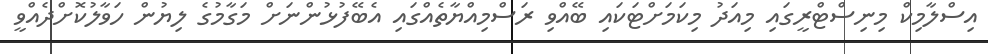
އިސްލާމިކް މިނިސްޓްރީގައި މިއަދު މިކަމަށްޓަކައި ބޭއްވި ރަސްމިއްޔާތެއްގައި އެބޭފުޅުންނަށް މަގާމުގެ ލިޔުން ހަވާލުކޮށްދެއްވީ